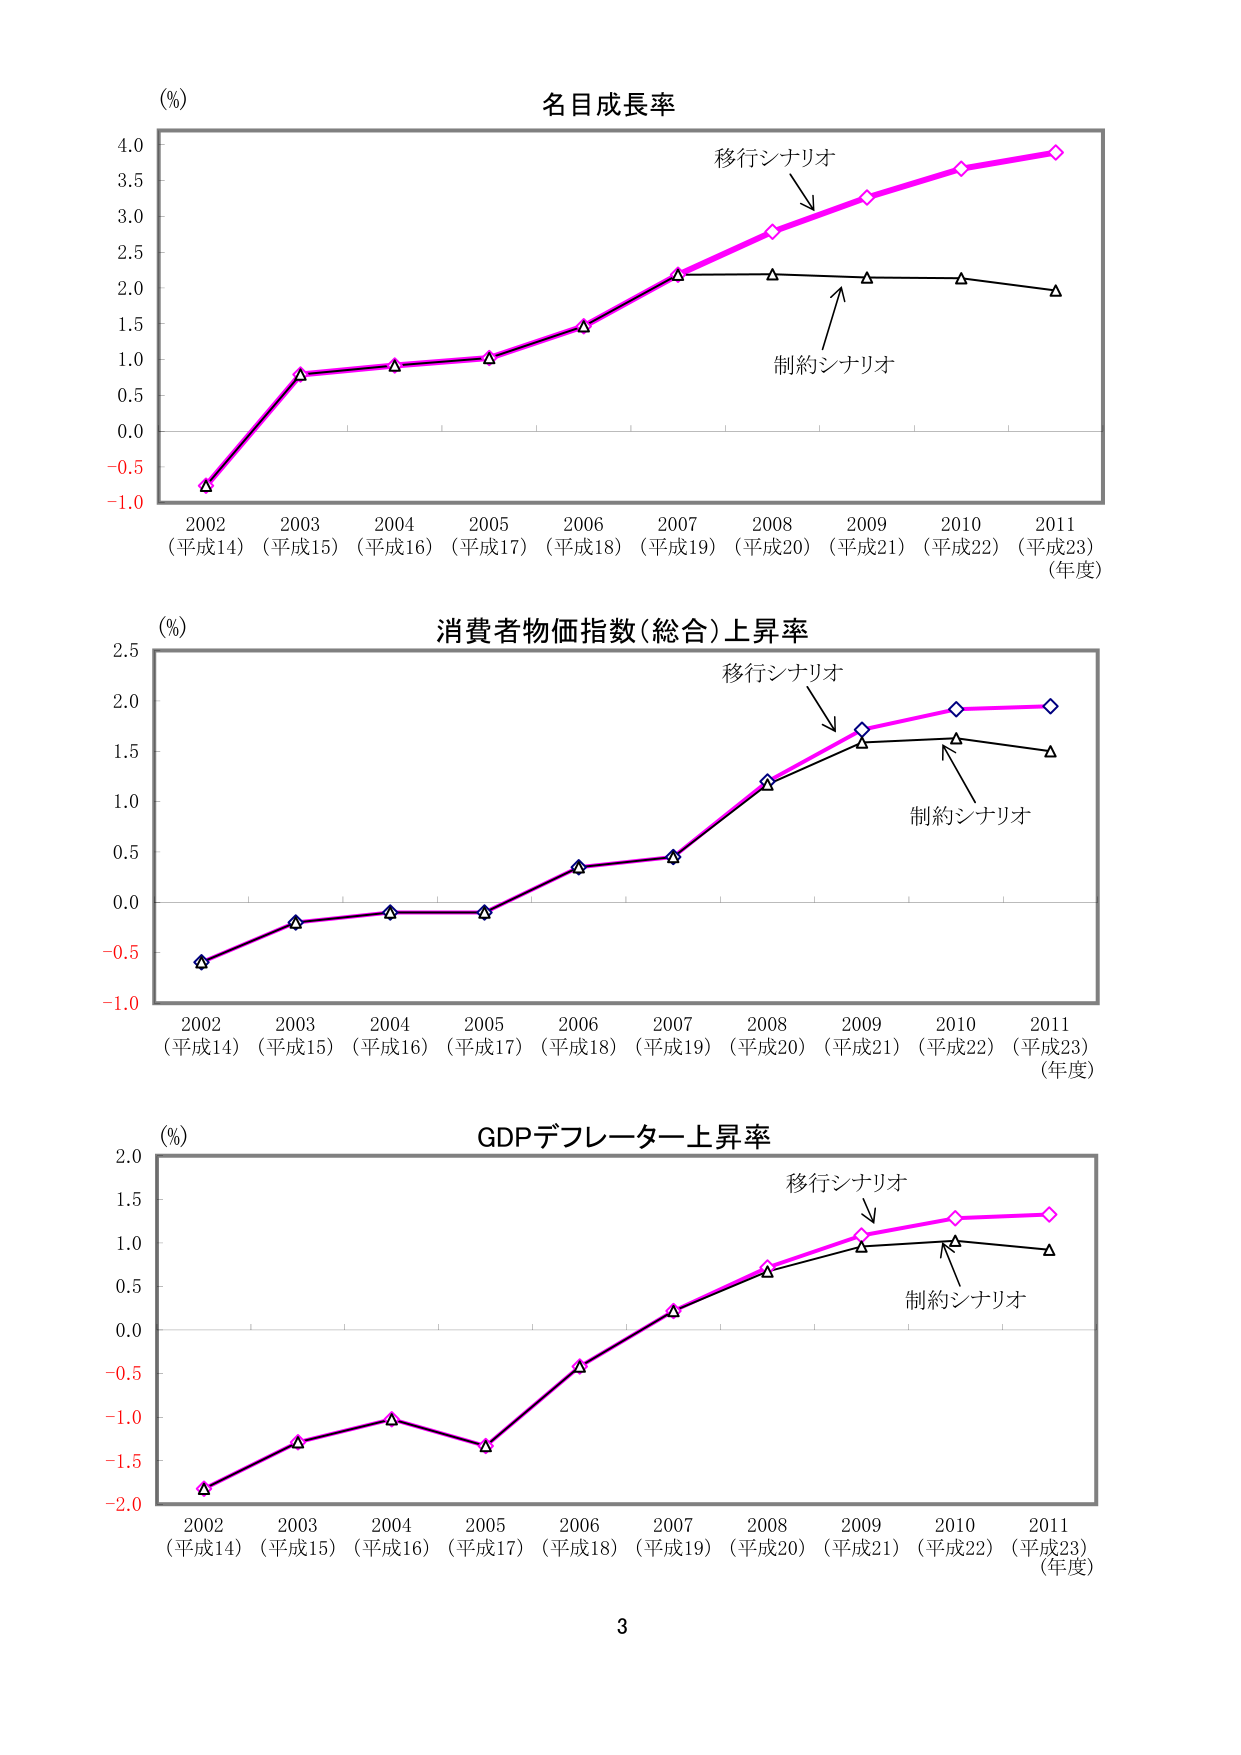
(%)
名目成長率
移行シナリオ
制約シナリオ
2002 (平成14) 2003 (平成15) 2004 (平成16) 2005 (平成17) 2006 (平成18) 2007 (平成19) 2008 (平成20) 2009 (平成21) 2010 (平成22) 2011 (平成23)
(年度)

(%)
消費者物価指数(総合)上昇率
移行シナリオ
制約シナリオ
2002 (平成14) 2003 (平成15) 2004 (平成16) 2005 (平成17) 2006 (平成18) 2007 (平成19) 2008 (平成20) 2009 (平成21) 2010 (平成22) 2011 (平成23)
(年度)

(%)
GDPデフレーター上昇率
移行シナリオ
制約シナリオ
2002 (平成14) 2003 (平成15) 2004 (平成16) 2005 (平成17) 2006 (平成18) 2007 (平成19) 2008 (平成20) 2009 (平成21) 2010 (平成22) 2011 (平成23)
(年度)

3